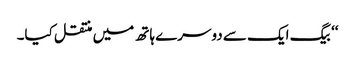
‘‘ بیگ ایک سے دوسرے ہاتھ میں منتقل کیا۔